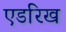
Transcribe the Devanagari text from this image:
एडरिख